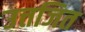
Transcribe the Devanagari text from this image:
उत्तजित